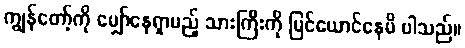
ကျွန်တော့်ကို မျှော်နေရှာမည့် သားကြီးကို မြင်ယောင်နေမိ ပါသည်။